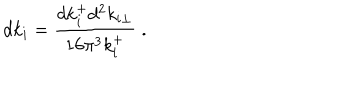
d k _ { i } = { \frac { d k _ { i } ^ { + } d ^ { 2 } k _ { i \perp } } { 1 6 \pi ^ { 3 } k _ { i } ^ { + } } } \; .